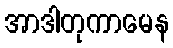
အာဒါတုကာမေန